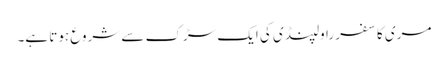
مری کا سفر راولپنڈی کی ایک سڑک سے شروع ہوتا ہے۔